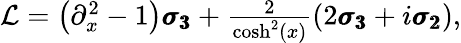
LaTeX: \begin{array}{r}{{\cal L}=\left(\partial_{x}^{2}-1\right)\pmb{\sigma_{3}}+\frac{2}{\cosh^{2}(x)}\left(2\pmb{\sigma_{3}}+i\pmb{\sigma_{2}}\right),}\end{array}